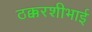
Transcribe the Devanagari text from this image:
ठक्करशीभाई